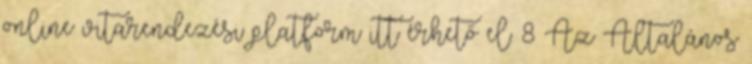
online vitarendezési platform itt érhető el: 8 Az Általános